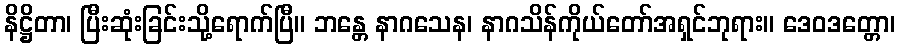
နိဋ္ဌိတာ၊ ပြီးဆုံးခြင်းသို့ရောက်ပြီ။ ဘန္တေ နာဂသေန၊ နာဂသိန်ကိုယ်တော်အရှင်ဘုရား။ ဒေဝဒတ္တော၊